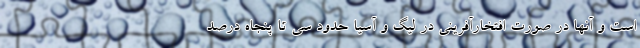
است و آنها در صورت افتخارآفرینی در لیگ و آسیا حدود سی تا پنجاه درصد